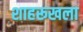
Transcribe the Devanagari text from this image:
शाहरूखला